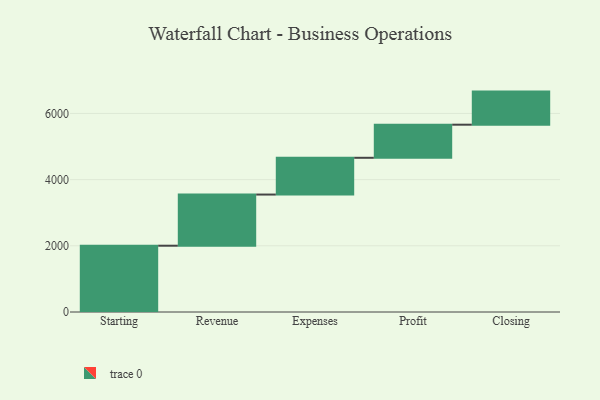
{"axis": {"x": "Step", "y": "Value"}, "legend": [""], "data": [{"x": "Starting", "y": 2003.0, "type": ""}, {"x": "Revenue", "y": 1546.0, "type": ""}, {"x": "Expenses", "y": 1111.0, "type": ""}, {"x": "Profit", "y": 1000, "type": ""}, {"x": "Closing", "y": 1000, "type": ""}]}